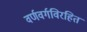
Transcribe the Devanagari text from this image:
वर्णवर्गविरहित